Punjab Mental Hospital Lahore 1932-46 - 1932-1946
Year: 1932
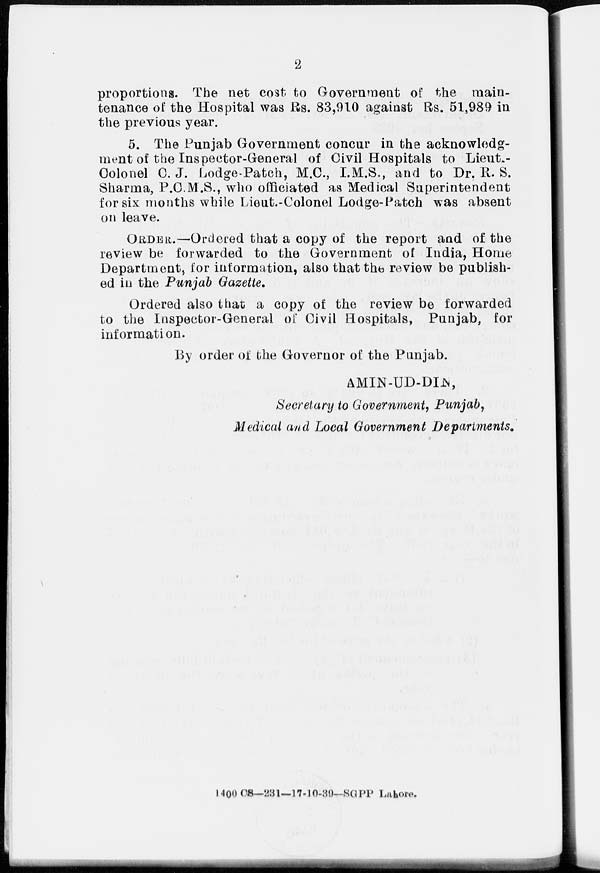
2
proportions. The net cost to Government of the main-
tenance of the Hospital was Rs. 83,910 against Rs. 51,989 in
the previous year.
5. The Punjab Government concur in the acknowledg-
ment of the Inspector-General of Civil Hospitals to Lieut-
Colonel C. J. Lodge-Patch, M.C., I.M.S., and to Dr. R. S.
Sharma, P.C.M.S., who officiated as Medical Superintendent
for six months while Lieut-Colonel Lodge-Patch was absent
on leave.
ORDER.—Ordered that a copy of the report and of the
review be forwarded to the Government of India, Home
Department, for information, also that the review be publish-
ed in the Punjab Gazette.
Ordered also that a copy of the review be forwarded
to the Inspector-General of Civil Hospitals, Punjab, for
information.
By order of the Governor of the Punjab.
AMIN-UD-DIN,
Secretary to Government, Punjab,
Medical and Local Government Departments.
1400 CS—231—17-10-39—SGPP
Lahore.